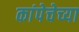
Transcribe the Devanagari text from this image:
कांपेचेच्या